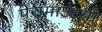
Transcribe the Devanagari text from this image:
पेरामाउंटसी